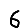
Digit: 6